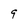
Character: 9